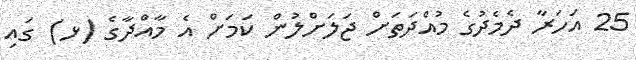
25 އަހަރާ ދެމެދުގެ މުއްދަތަށް ޖަލަށްލުން ކަމަށް އެ މާއްދާގެ (ޅ) ގައި